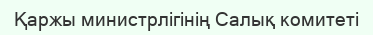
Қаржы министрлігінің Салық комитеті